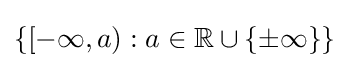
\{[-\infty ,a):a\in \mathbb {R} \cup \{\pm \infty \}\}